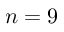
n = 9